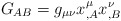
\begin{align*}G_{AB} = g_{\mu \nu} x^{\mu}_{,A} x^{\nu}_{,B} \end{align*}